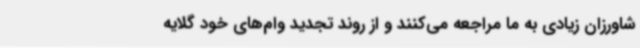
شاورزان زیادی به ما مراجعه می‌کنند و از روند تجدید وام‌های خود گلایه